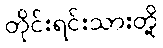
တိုင်းရင်းသားတို့